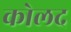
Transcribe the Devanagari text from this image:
कोलद